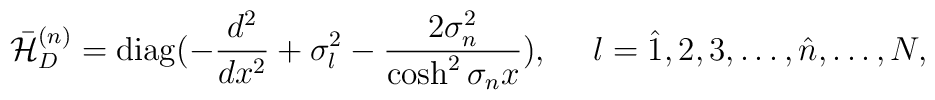
\bar{\cal H}^{(n)}_D={\rm diag}(-\frac{d^2}{dx^2}+\sigma_l^2-\frac{2\sigma_n^2}{\cosh^2\sigma_nx}),\ \ \ \ l=\hat{1},2,3,\ldots,\hat{n},\ldots,N ,